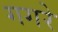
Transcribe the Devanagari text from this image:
गगरे